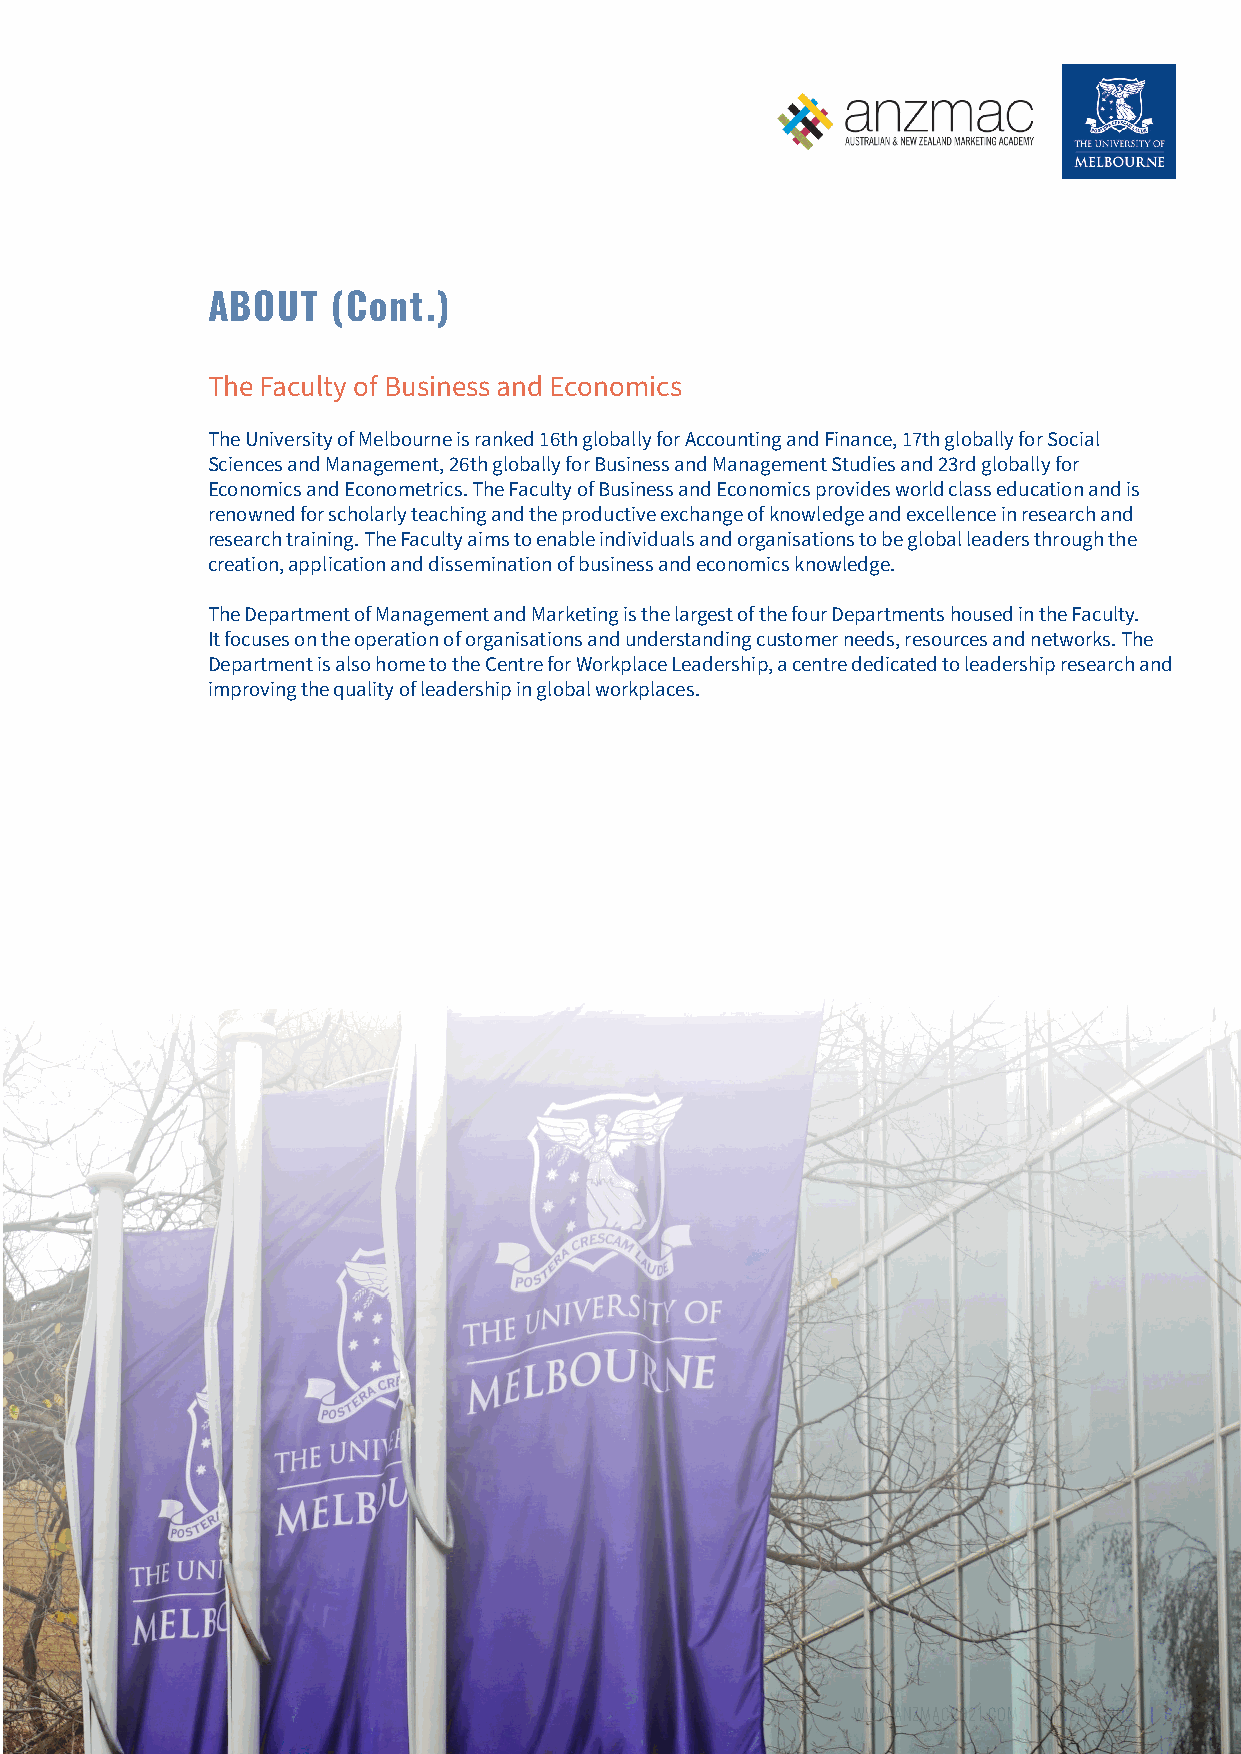
ABOUT   (Cont.)
 The Faculty of Business and Economics
 The University of Melbourne is ranked 16th globally for Accounting and Finance, 17th globally for Social
 Sciences and Management, 26th globally for Business and Management Studies and 23rd globally for
 Economics and Econometrics. The Faculty of Business and Economics provides world class education and is
 renowned for scholarly teaching and the productive exchange of knowledge and excellence in research and
 research training. The Faculty aims to enable individuals and organisations to be global leaders through the
 creation, application and dissemination of business and economics knowledge.
 The Department of Management and Marketing is the largest of the four Departments housed in the Faculty.
 It focuses on the operation of organisations and understanding customer needs, resources and networks. The
 Department is also home to the Centre for Workplace Leadership, a centre dedicated to leadership research and
 improving the quality of leadership in global workplaces.
 WWW.ANZMAC2021.COM | #ANZMAC2021 | 6